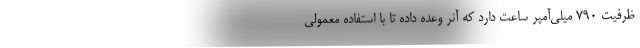
ظرفیت 790 میلی‌آمپر ساعت دارد که آنر وعده داده تا با استفاده معمولی